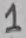
Text: 1